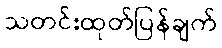
သတင်းထုတ်ပြန်ချက်